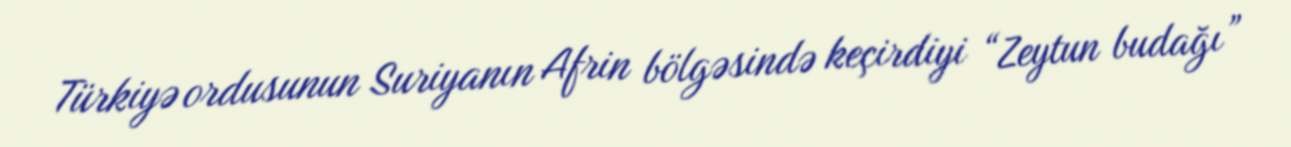
Türkiyə ordusunun Suriyanın Afrin bölgəsində keçirdiyi “Zeytun budağı”